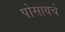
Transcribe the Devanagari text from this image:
पोसायचे